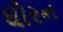
ધીરન